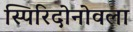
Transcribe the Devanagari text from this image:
स्पिरिदोनोवला